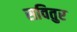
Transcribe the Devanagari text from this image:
सवितुर